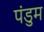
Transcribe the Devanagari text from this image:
पंडुम